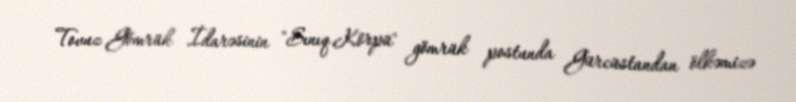
Tovuz Gömrük İdarəsinin "Sınıq Körpü" gömrük postunda Gürcüstandan ölkəmizə